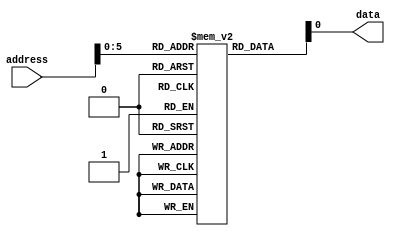
module fuse_ROM(
    input wire [31:0] address,
    output reg data
);

reg [31:0] data_memory [0:63];

initial begin
    // Initialize data_memory with permanent data using one-time programmable fuses
    // For example, data_memory[0] = 32'b11010101011001010110100110101010;
    //                    data_memory[1] = 32'b11110000111100001111000011110000;
    //                    ...
end

always @(*) begin
    data = data_memory[address];
end

endmodule